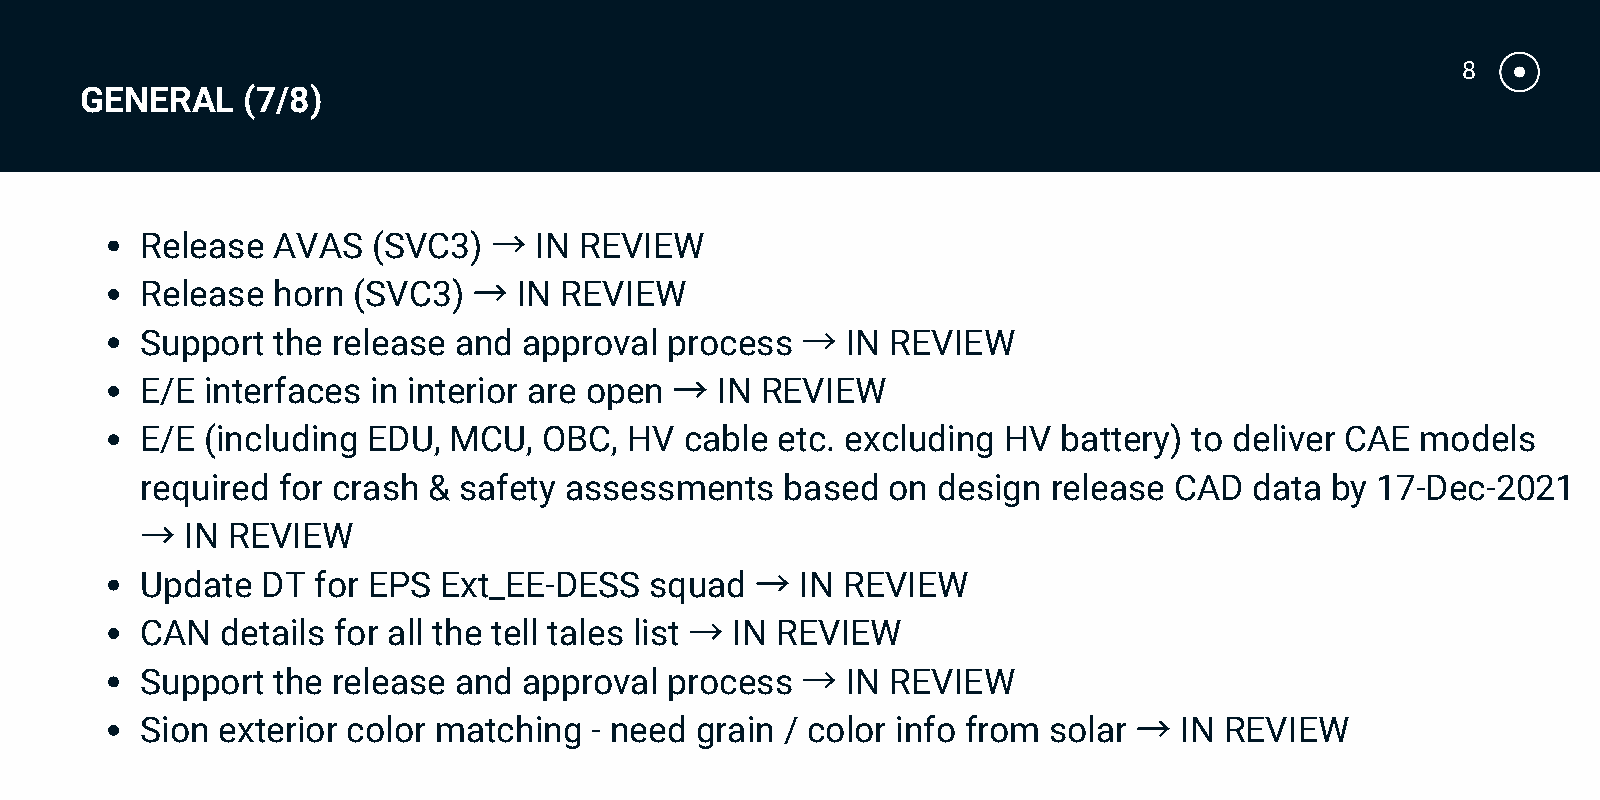
8
 GENERAL    (7/8)
 →
 Release  AVAS   (SVC3)    IN REVIEW
 →
 Release  horn (SVC3)     IN REVIEW
 →
 Support  the release and  approval process     IN REVIEW
 →
 E/E interfaces  in interior are open  IN REVIEW
 E/E (including EDU,  MCU,  OBC,  HV cable etc. excluding HV  battery) to deliver CAE models
 required for crash & safety assessments    based  on design  release CAD  data by 17-Dec-2021
 →
 IN REVIEW
 →
 Update  DT  for EPS Ext_EE-DESS   squad     IN REVIEW
 →
 CAN   details for all the tell tales list IN REVIEW
 →
 Support  the release and  approval process     IN REVIEW
 →
 Sion exterior color matching  - need grain / color info from solar   IN REVIEW